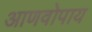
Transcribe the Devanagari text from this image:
आणवोपाय